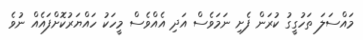
މައްސަލަ ތަހުގީގު ކުރަން ފެށި ނަމަވެސް އަދި އެއްވެސް މީހަކު ހައްޔަރުކޮށްފައެއް ނުވެ